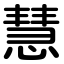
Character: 慧